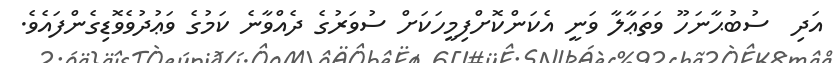
އަދި  ސުބުޙާނަހޫ ވަތަޢާލާ ވަނީ އެކަންކޮށްފިމީހަކަށް ސުވަރުގެ ދެއްވާނެ ކަމުގެ ވަޢުދުވެވޮޑިގެންފައެވެ.